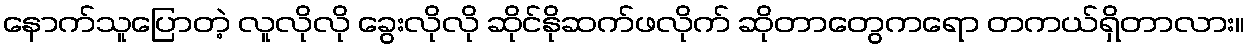
နောက်သူပြောတဲ့ လူလိုလို ခွေးလိုလို ဆိုင်နိုဆက်ဖလိုက် ဆိုတာတွေကရော တကယ်ရှိတာလား။